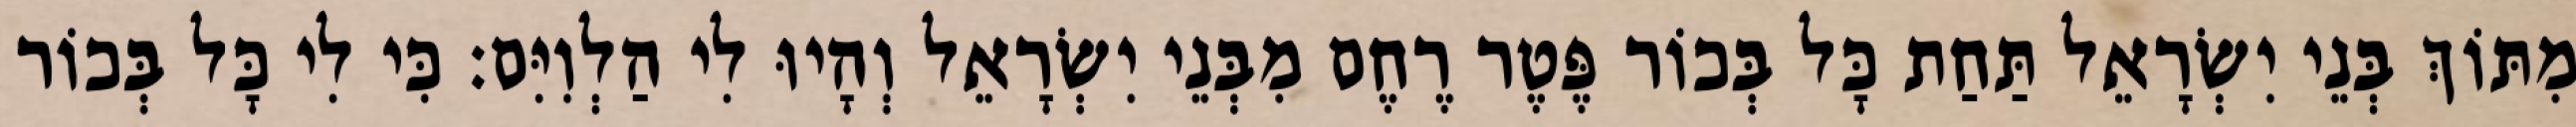
מִתּוֹךְ בְּנֵי יִשְׂרָאֵל תַּחַת כָּל בְּכוֹר פֶּטֶר רֶחֶם מִבְּנֵי יִשְׂרָאֵל וְהָיוּ לִי הַלְוִיִּם׃ כִּי לִי כָּל בְּכוֹר